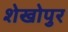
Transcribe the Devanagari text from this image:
शेखोपुर